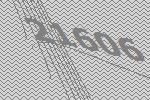
21606